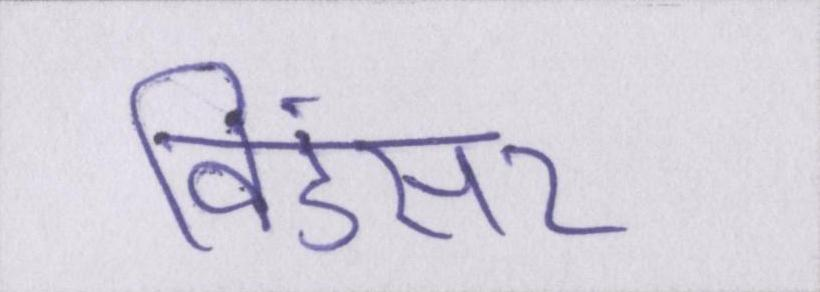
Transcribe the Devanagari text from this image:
विंडसर